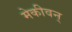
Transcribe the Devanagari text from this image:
मेकीवन्